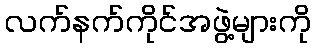
လက်နက်ကိုင်အဖွဲ့များကို